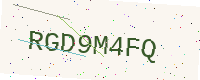
Text: RGD9M4FQ